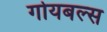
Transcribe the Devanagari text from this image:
गोयबल्स